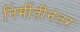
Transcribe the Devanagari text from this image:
निर्मीतीनंतर